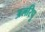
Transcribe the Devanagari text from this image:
अलरिपु